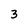
Character: 3